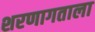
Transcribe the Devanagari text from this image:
शरणागताला